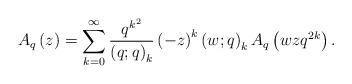
LaTeX: \begin{align*}A_{q}\left(z\right)=\sum_{k=0}^{\infty}\frac{q^{k^{2}}}{\left(q;q\right)_{k}}\left(-z\right)^{k}\left(w;q\right)_{k}A_{q}\left(wzq^{2k}\right).\end{align*}